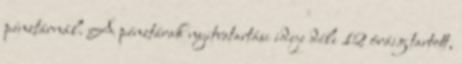
pénztárnál. A pénztárak nyitvatartási ideje déli 12 óráig tartott,